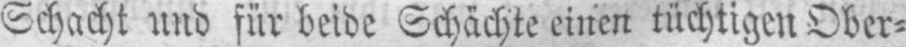
Schacht und für beide Schächte einen tüchtigen Ober⸗